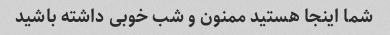
شما اینجا هستید ممنون و شب خوبی داشته باشید